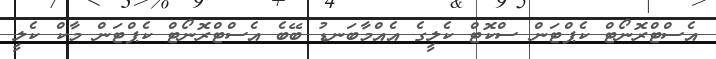
އެސްޓްރޮނޯޓް ކެޕްޓަން ސްކޮޓް ކެލީގެ އެއްމާބަނޑު ބޭބެ އެސްޓްރޮނޯޓް ކެޕްޓަން މާކް ކެލީ